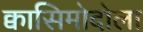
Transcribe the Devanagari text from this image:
क्वासिमोदोला